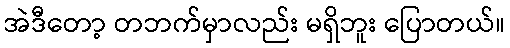
အဲဒီတော့ တဘက်မှာလည်း မရှိဘူး ပြောတယ်။